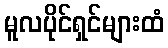
မူလပိုင်ရှင်များထံ